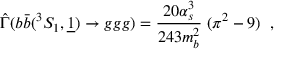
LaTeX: \hat { \Gamma } ( b \bar { b } ( ^ { 3 } S _ { 1 } , \underline { { { 1 } } } ) \to g g g ) = \frac { 2 0 \alpha _ { s } ^ { 3 } } { 2 4 3 m _ { b } ^ { 2 } } \; ( \pi ^ { 2 } - 9 ) \; \; ,